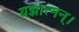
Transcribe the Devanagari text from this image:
यज्ञात्मन्‌।